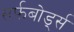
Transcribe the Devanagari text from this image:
सर्फबोर्ड्स